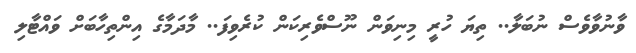
ވާނުވާވެސް ނުބަލާ.. ތިޔަ ހުރީ މިނިވަން ނޫސްވެރިކަން ކުރެވިފަ.. މާދަމާގެ އިންތިހާބަށް ވައްޓާލި